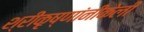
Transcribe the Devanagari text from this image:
श्रीकृष्णांनीकेली